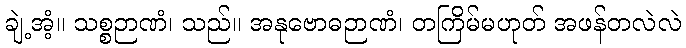
ချဲ့အံ့။ သစ္စဉာဏံ၊ သည်။ အနုဗောဓဉာဏံ၊ တကြိမ်မဟုတ် အဖန်တလဲလဲ